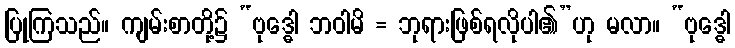
ပြုကြသည်။ ကျမ်းစာတို့၌ “ဗုဒ္ဓေါ ဘဝါမိ = ဘုရားဖြစ်ရလိုပါ၏”ဟု မလာ။ “ဗုဒ္ဓေါ